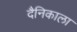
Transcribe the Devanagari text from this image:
दैनिकाला